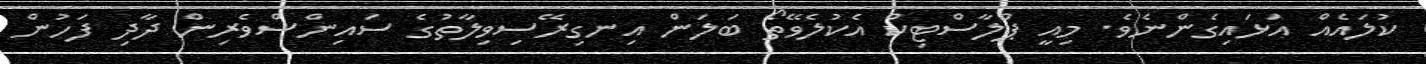
ކުލައެއް އަަޅައިގެންނެވެ. މިއީ ޕްލާސްޓިކް އެކުލެވޭތޯ ބަލަން އިނގިރޭސިވިލާތުގެ ސައިންްސްވެރިން ދާދި ފަހުން